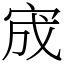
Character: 宬